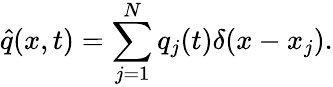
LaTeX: \hat{q}(x,t)=\sum_{j=1}^{N}q_{j}(t)\delta(x-x_{j}).